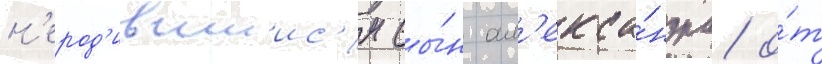
н'ерод'ившиис'я сы́н ал'екса́ндра о́т